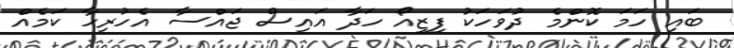
ބައި ހަމަ ކޮންމެ ދުވަހަކު ފިޒިއޯ ހަދާ އައިސް ޖައްސާ އެހުރިހާ ކަމެއް